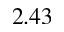
2 . 4 3